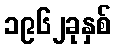
၁၉၆၂ခုနှစ်